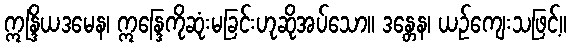
ဣန္ဒြိယဒမေန၊ ဣန္ဒြေကိုဆုံးမခြင်းဟုဆိုအပ်သော။ ဒန္တေန၊ ယဉ်ကျေးသဖြင့်။